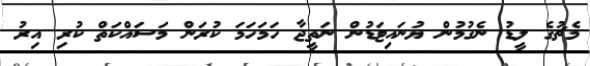
މެޗުގެ ލީޑު ނެގުމުން ޔުނައިޓަޑުން ނަތީޖާ ހަމަހަމަ ކުރަން މަސައްކަތް ކުރި އިރު